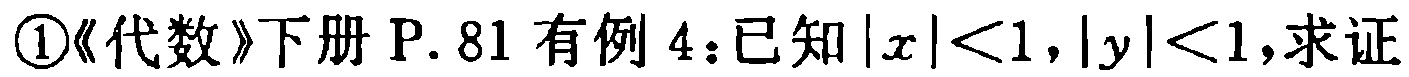
\textcircled{1}《代数》下册 P. 81 有例 4：已知\(|x|<1,|y|<1\)，求证